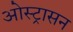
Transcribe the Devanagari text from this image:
ओस्ट्रासन